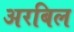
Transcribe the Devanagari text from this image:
अरबिल